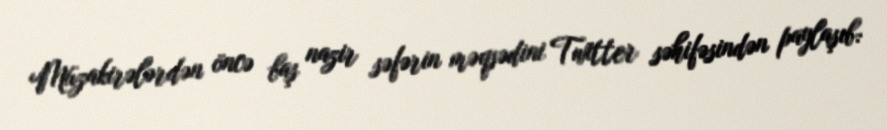
Müzakirələrdən öncə baş nazir səfərin məqsədini Twitter səhifəsindən paylaşıb: